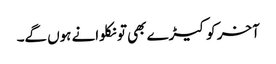
آخر کو کیڑے بھی تو نکلوانے ہوں گے۔